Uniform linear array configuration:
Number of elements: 4
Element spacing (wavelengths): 0.25
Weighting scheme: kaiser
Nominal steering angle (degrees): -45
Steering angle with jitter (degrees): -46.112
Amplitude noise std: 0.05
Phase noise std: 0.05

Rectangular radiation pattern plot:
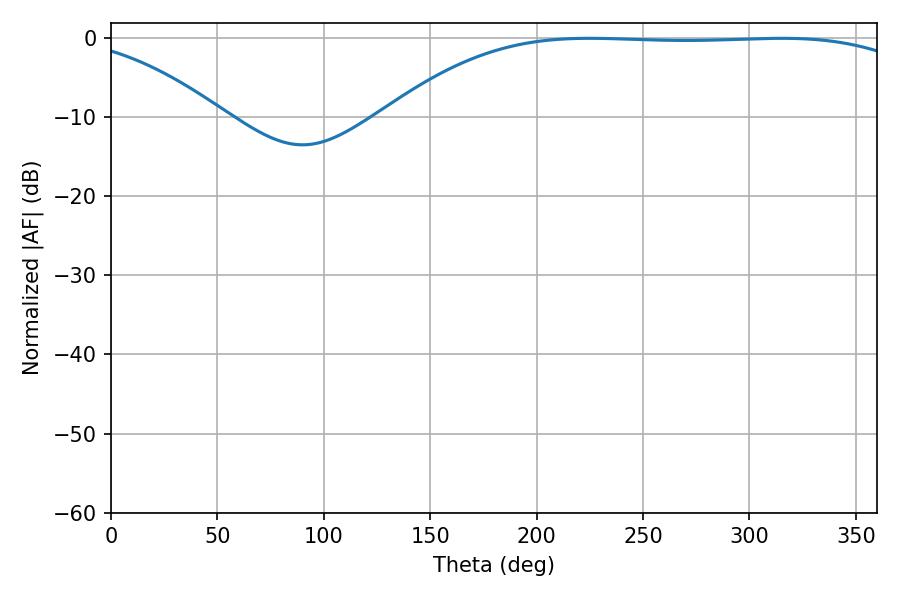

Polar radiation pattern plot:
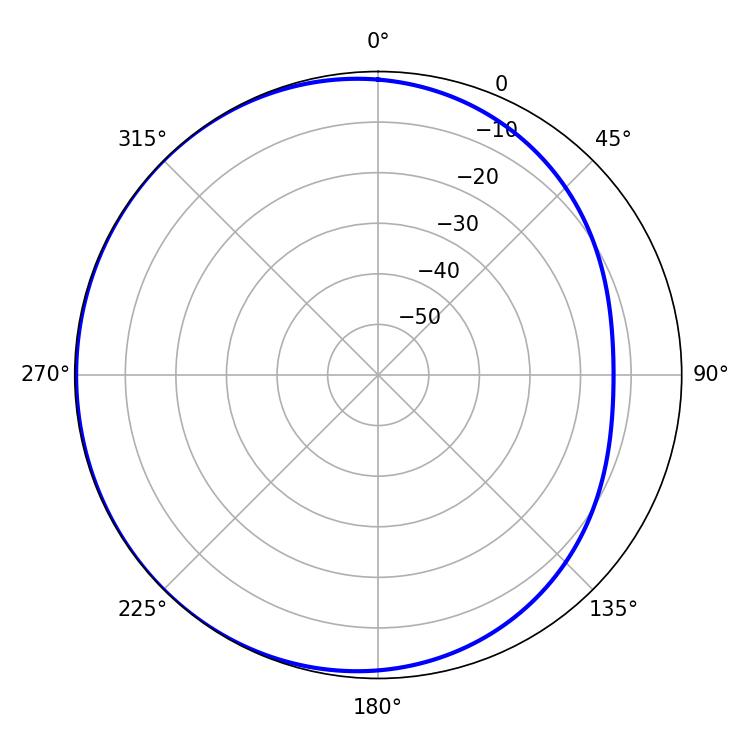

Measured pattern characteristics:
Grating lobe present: FALSE
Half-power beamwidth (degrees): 194.04
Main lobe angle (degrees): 224.82